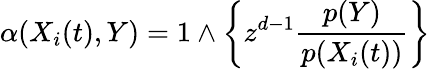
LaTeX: \alpha(X_{i}(t),Y)=1\wedge\left\{ z^{d-1}\frac{p(Y)}{p(X_{i}(t))}\right\}